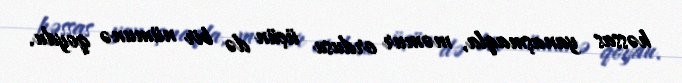
həssas yanaşmaqla, məmur ordusu üçün də bir nümunə qoydu.